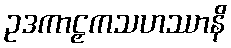
ဥဒကာဠှကသဟဿာနိ